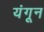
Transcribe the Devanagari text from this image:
यंगून